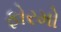
ફોરમો